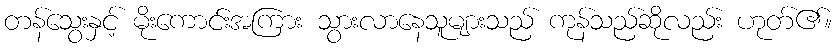
တန်သွေးနှင့် မိုးကောင်းအကြား သွားလာနေသူများသည် ကုန်သည်ဆိုလည်း ဟုတ်၏။